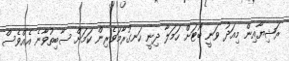
ރަޝިޔާއިން މިއަދު ވަނީ ބޯޓަށް ހަމަލާ ދިނީ ހަނގުރާމަވެރިން ކަމަށް ސާބިތުވާނެ އެއްވެސް